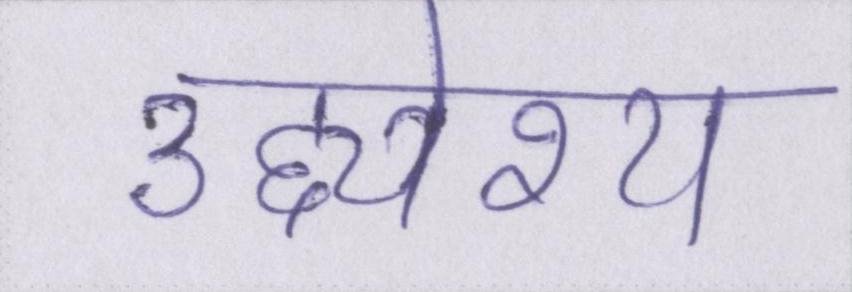
उद्द्येश्य